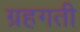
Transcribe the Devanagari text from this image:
ग्रहगती